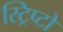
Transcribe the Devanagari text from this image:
स्ट्रिप्टो